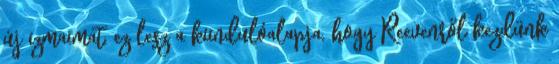
új izmaimat, ez lesz a kiindulóalapja, hogy Reevenről kezdünk